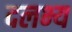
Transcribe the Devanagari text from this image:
दलभ्य